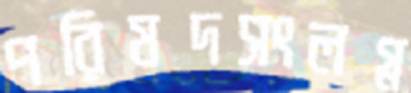
পরিষদসংলগ্ন